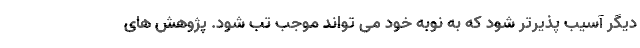
دیگر آسیب پذیرتر شود که به نوبه خود می تواند موجب تب شود. پژوهش های